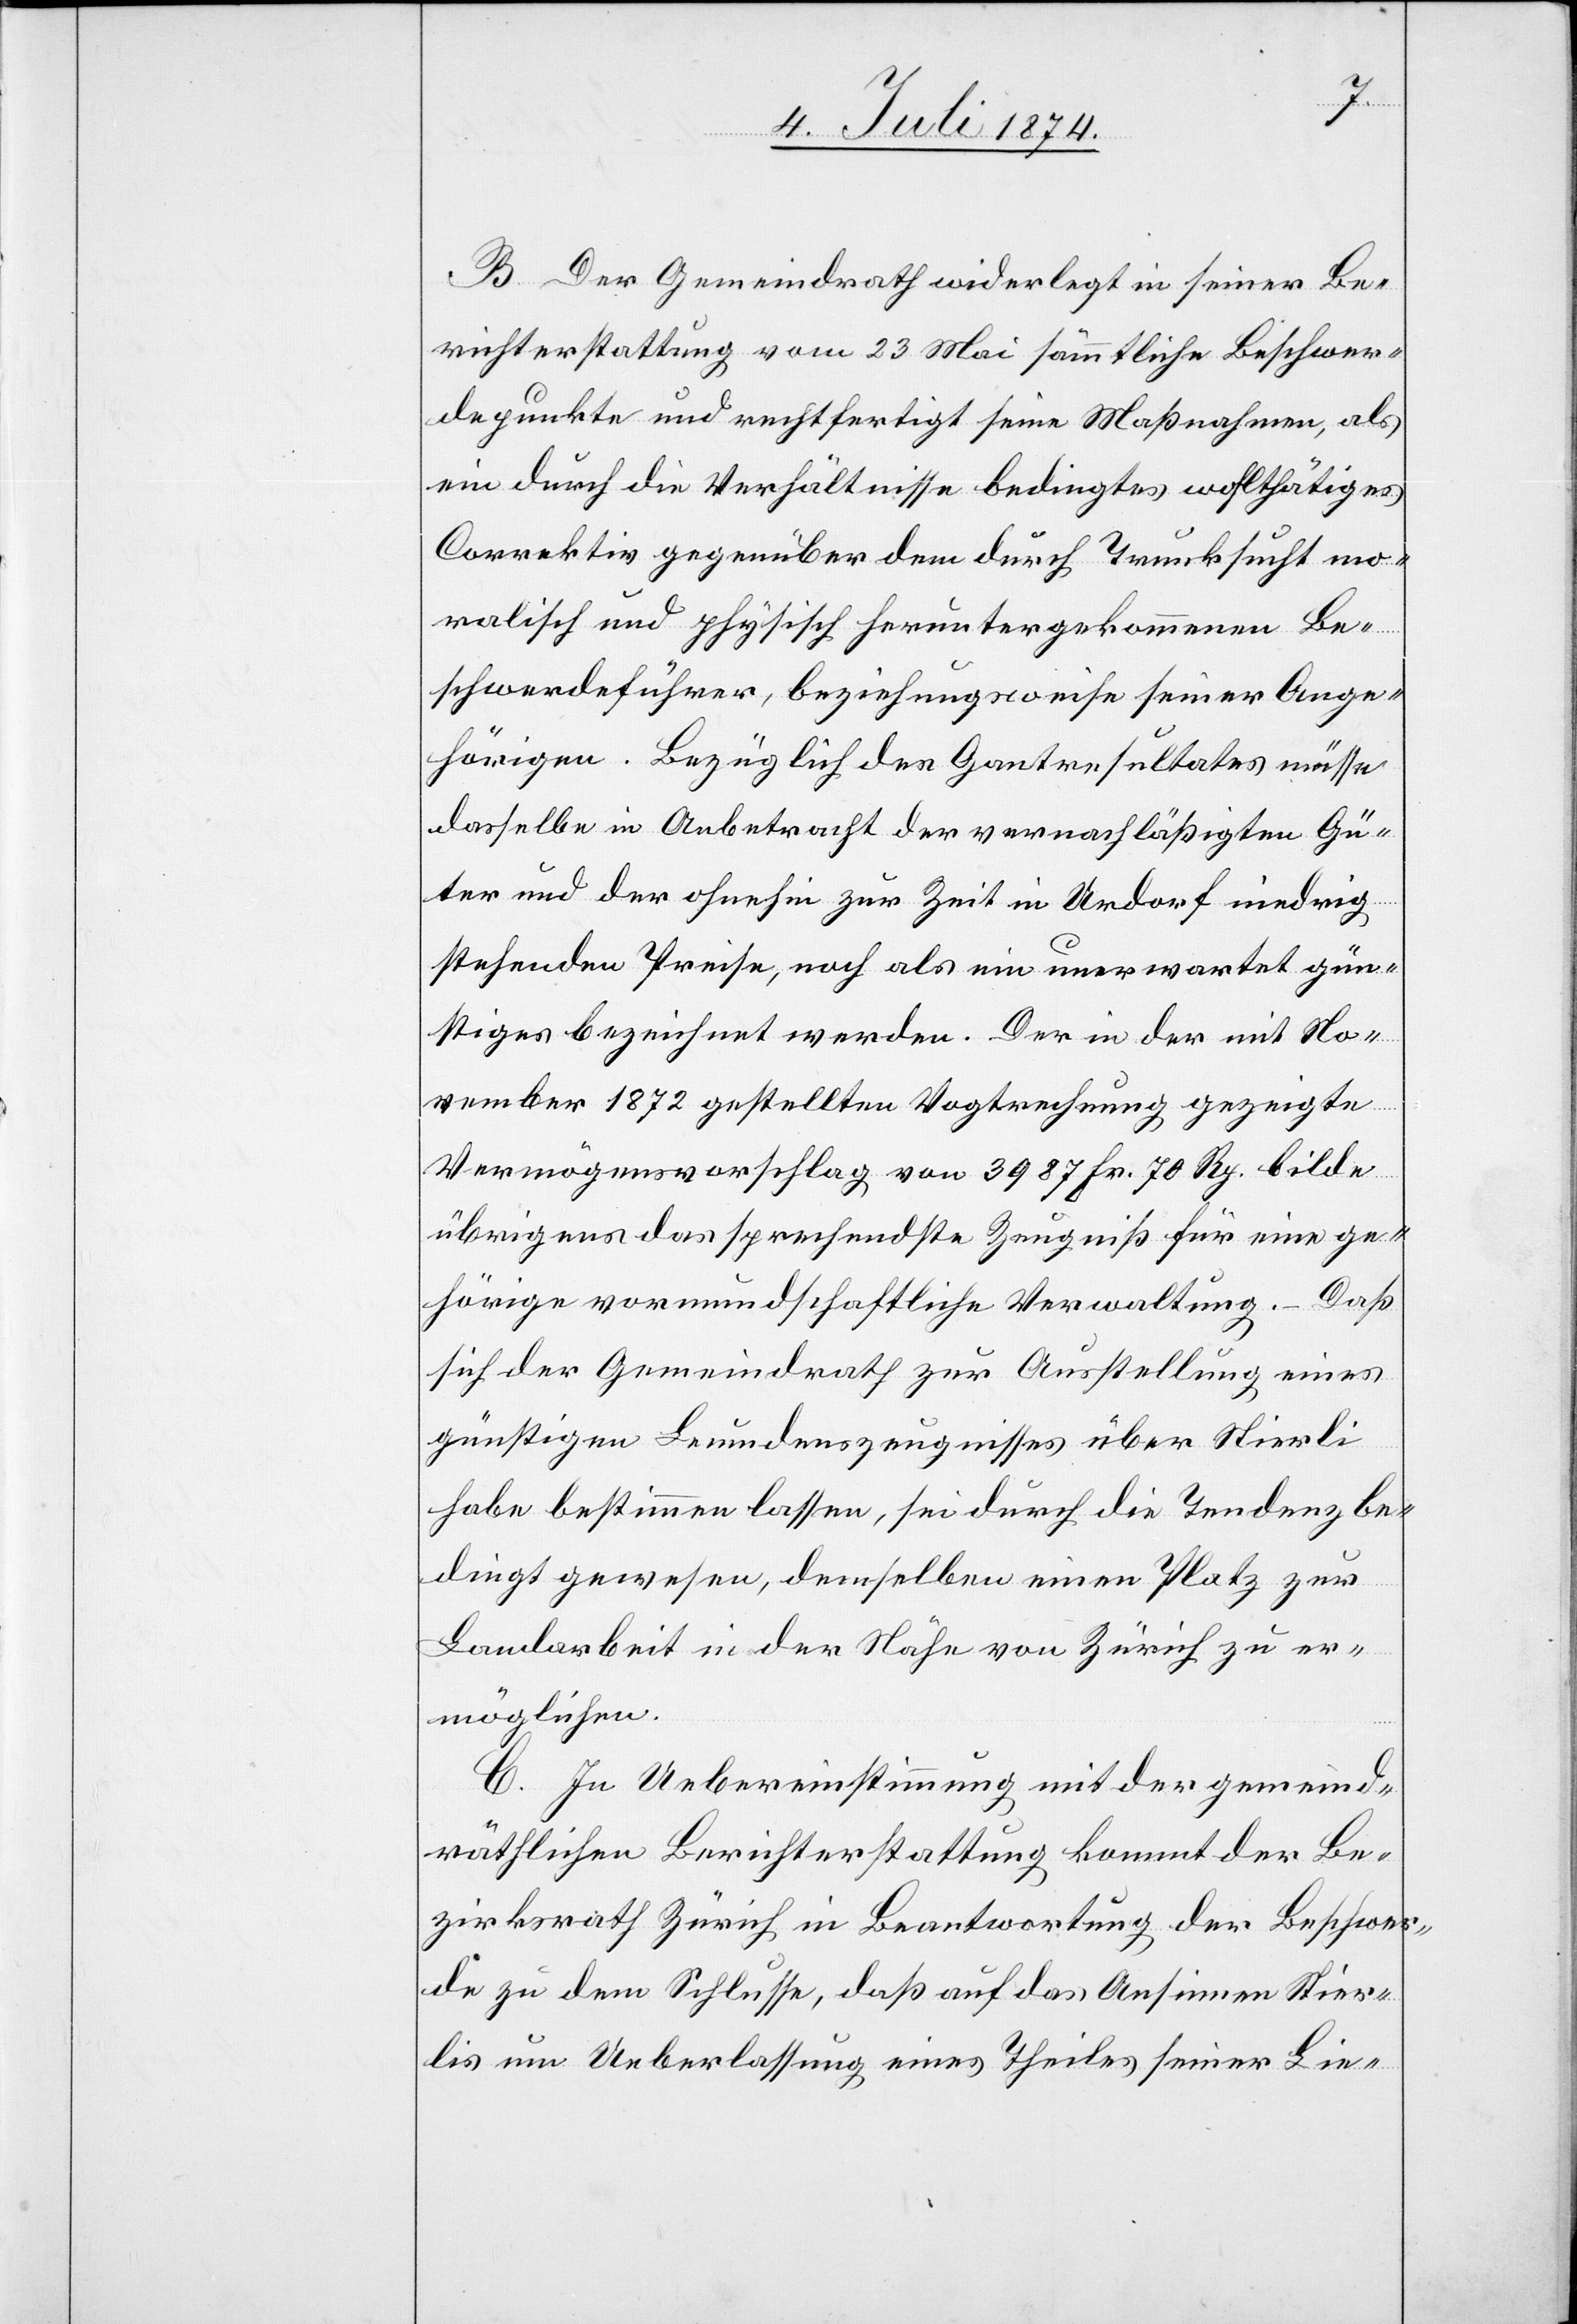
B. Der Gemeindrath widerlegt in seiner Be¬
richterstattung vom 23. Mai sämmtliche Beschwer¬
depunkte und rechtfertigt seine Maßnahmen, als
ein durch die Verhältnisse bedingtes wohlthätiges
Correktiv gegenüber dem durch Trunksucht mo¬
ralisch und physisch heruntergekommenen Be¬
schwerdeführer, beziehungsweise seiner Ange¬
hörigen. Bezüglich des Gantresultates müsse
dasselbe in Anbetracht der vernachläßigten Gü¬
ter und der ohnehin zur Zeit in Urdorf niedrig
stehenden Preise, noch als ein unerwartet gün¬
stiges bezeichnet werden. Der in der mit No¬
vember 1872 gestellten Vogtrechung gezeigte
Vermögensvorschlag von 3987 Fr. 70 Rp. bilde
übrigens das sprechendste Zeugniß für eine ge¬
hörige vormundschaftliche Verwaltung. – Daß
sich der Gemeindrath zur Ausstellung eines
günstigen Leumdenzeugnisses über Stierli
habe bestimmen lassen, sei durch die Tendenz be¬
dingt gewesen, demselben einen Platz zur
Landarbeit in der Nähe von Zürich zu er¬
möglichen.
C. In Uebereinstimmung mit der gemeind¬
räthlichen Berichterstattung kommt der Be¬
zirksrath Zürich in Beantwortung der Beschwer¬
de zu dem Schlusse, daß auf das Ansinnen Stier¬
lis um Ueberlassung eines Theiles seiner Lie-